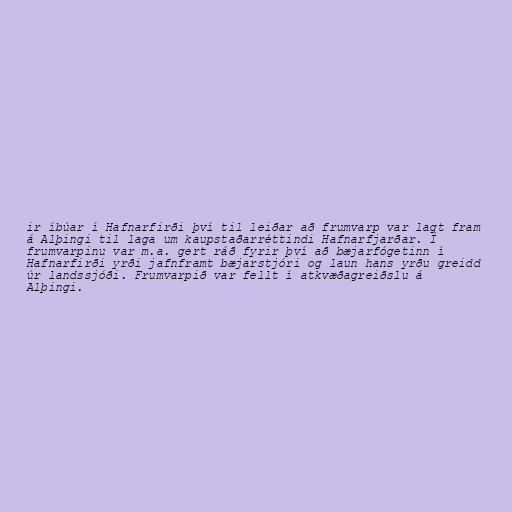
ir íbúar í Hafnarfirði því til leiðar að frumvarp var lagt fram
á Alþingi til laga um kaupstaðarréttindi Hafnarfjarðar. Í
frumvarpinu var m.a. gert ráð fyrir því að bæjarfógetinn í
Hafnarfirði yrði jafnframt bæjarstjóri og laun hans yrðu greidd
úr landssjóði. Frumvarpið var fellt í atkvæðagreiðslu á
Alþingi.